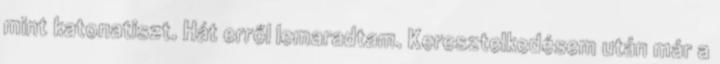
mint katonatiszt. Hát erről lemaradtam. Keresztelkedésem után már a